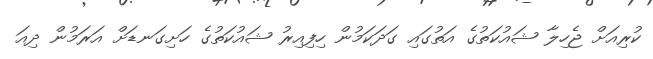
ކުރިއަށް ޖެހިލާ ޝައުކަތުގެ އަތުގައި ގަދަކަމުން ހިފިއިރު ޝައުކަތުގެ ހަށިގަނޑަށް އަރަމުން ދިއަ